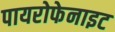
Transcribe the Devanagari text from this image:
पायरोफेनाइट